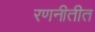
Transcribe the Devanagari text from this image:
रणनीतीत